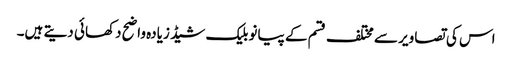
اس کی تصاویر سے مختلف قسم کے پیانو بلیک شیڈ زیادہ واضح دکھائی دیتے ہیں۔